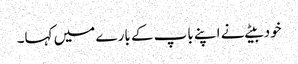
خود بیٹے نے اپنے باپ کے بارے میں کہا۔